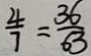
\frac { 4 } { 7 } = \frac { 3 6 } { 6 3 }